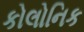
કોલોનિક